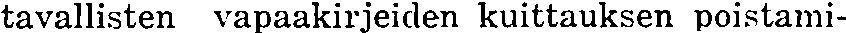
tavallisten vapaakirjeiden kuittauksen poistami-